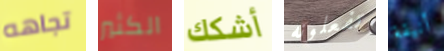
تجاهه الكثير أشكك تفعلونه أنيقة